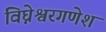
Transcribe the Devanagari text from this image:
विघ्नेश्वरगणेश